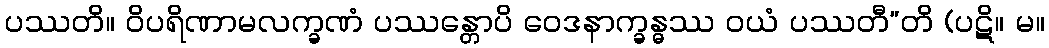
ပဿတိ။ ဝိပရိဏာမလက္ခဏံ ပဿန္တောပိ ဝေဒနာက္ခန္ဓဿ ဝယံ ပဿတီ”တိ (ပဋိ။ မ။